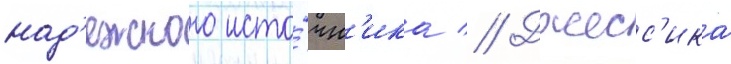
над'ежного исто́чн'ика // Джесс'ика